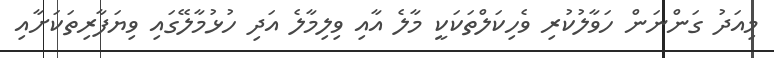
މިއަދު ގަންނަން ހަވާލުކުރި ވެހިކަލްތަކަކީ މާލެ އާއި ވިލިމާލެ އަދި ހުޅުމާލޭގައި ވިޔަފާރިތަކަށާއި